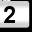
Digit: 2